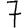
Digit: 7